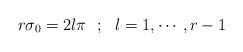
\begin{align*}r\sigma_0 = 2l\pi ~~ ;~~ l = 1, \cdots, r-1\end{align*}